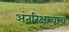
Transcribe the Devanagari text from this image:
अंतरिक्षाचाच